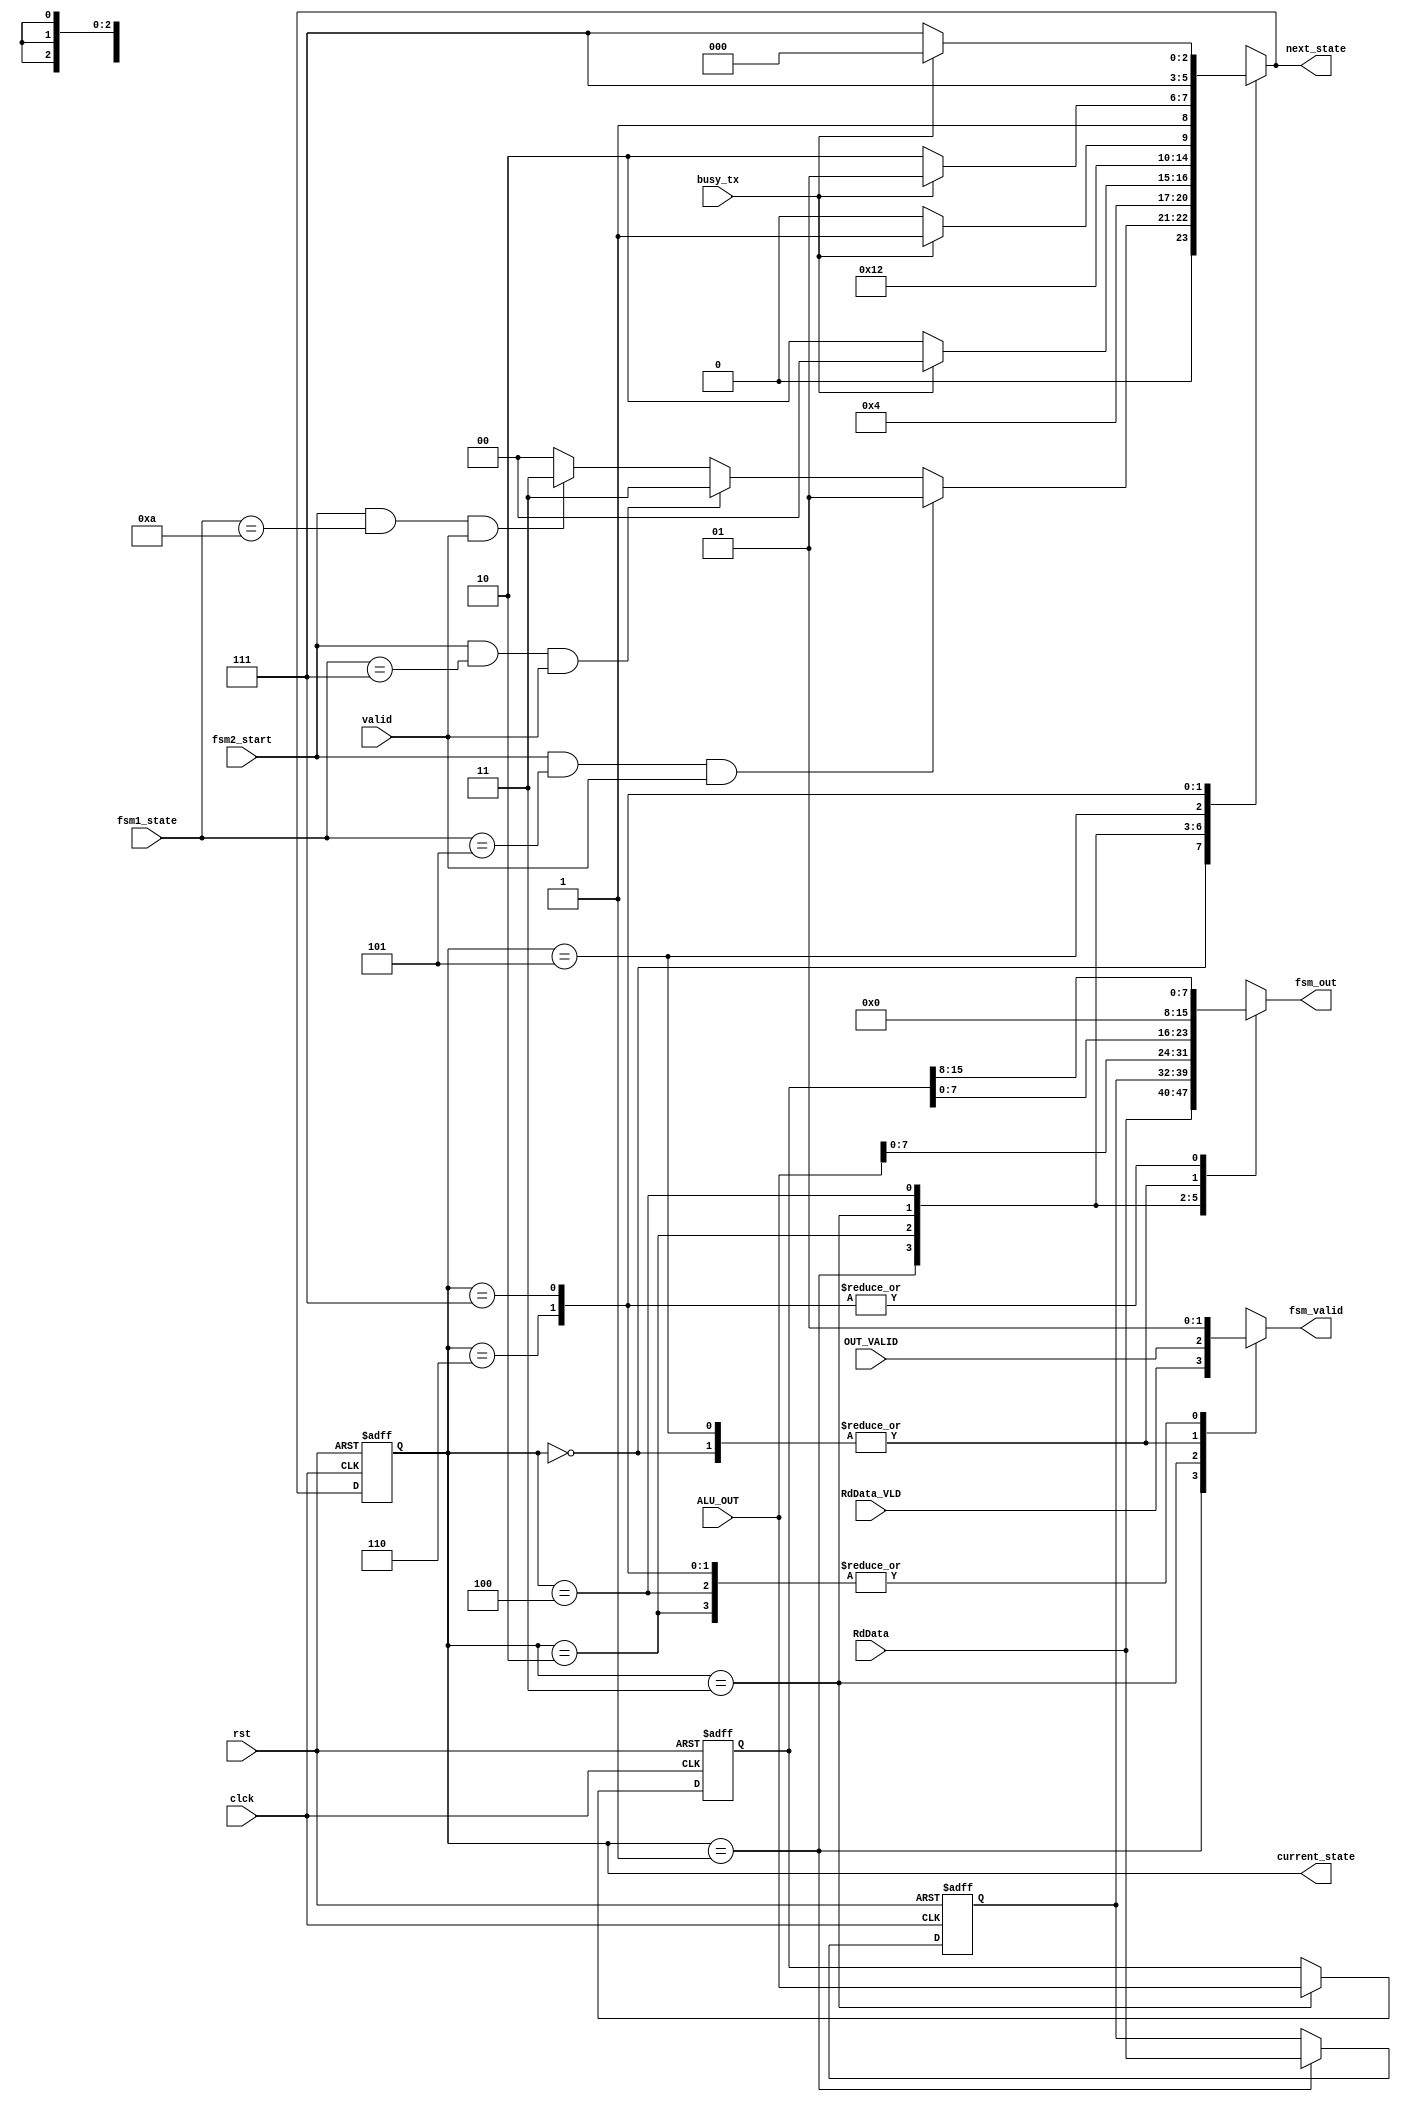
module sys_cont_fsm2 (
    input wire       clck,rst,
    input wire       fsm2_start,
    input wire [5:0] fsm1_state,
    input wire       valid,

    input wire [7:0] RdData,
    input wire       RdData_VLD,

    input wire [15:0] ALU_OUT,
    input wire        OUT_VALID,
    input wire        busy_tx,

    output reg [7:0] fsm_out,
    output reg       fsm_valid,

    output reg [2:0] current_state,next_state
);

//reg [2:0 ] current_state,next_state;

localparam IDLE=3'b000 ,read_out=3'b001, read_out_hold=3'b010 ;
localparam ALU_out1=3'b011 ,ALU_out_hold=3'b100 ,ALU_out_wait=3'b101  ,ALU_out2=3'b110 ,ALU_out_hold2=3'b111;

reg [15:0] reg_out;
reg [7:0]  read_tmp;


always @(posedge clck or negedge rst) 
begin
    if (rst==0)
    begin
        current_state<=IDLE;
    end
    else
    begin
        current_state<=next_state;
    end
end

always @(*)
begin
    case (current_state)
    IDLE:begin
        if (fsm2_start==1 && fsm1_state==6'b000_101 && valid==1)
        begin
            next_state<=read_out;
        end
        else if (fsm2_start==1 && fsm1_state==6'b000_111 && valid==1)
        begin
            next_state<=ALU_out1;
        end
        else if (fsm2_start==1 && fsm1_state==6'b001_010 && valid==1)
        begin
            next_state<=ALU_out1;
        end
        else 
        begin
            next_state<=IDLE;
        end
    end

    read_out:begin
        next_state<=read_out_hold;
    end

    read_out_hold:begin
        if (busy_tx)
        begin
            next_state<=IDLE;
        end
        else
        begin
            next_state<=read_out_hold;
        end
    end


    ALU_out1:begin
        next_state<=ALU_out_hold;
    end

    ALU_out_hold:begin
        if (busy_tx)
        begin
            next_state<=ALU_out_wait;
        end
        else
        begin
            next_state<=ALU_out_hold;
        end
    end

    ALU_out_wait:begin
        if (busy_tx)
        begin
            next_state<=ALU_out_wait;
        end
        else
        begin
            next_state<=ALU_out2;
        end
    end


    ALU_out2:begin
        next_state<=ALU_out_hold2;
    end

    ALU_out_hold2:begin
        if (busy_tx)
        begin
            next_state<=IDLE;
        end
        else
        begin
            next_state<=ALU_out_hold2;
        end
    end


    default:begin
        next_state<=IDLE;
    end

endcase
end

always @(*)
begin
    case (current_state)
    IDLE:begin
        fsm_out<=0;
        fsm_valid<=0;
        
    end

    read_out:begin
        fsm_out<=RdData;
        fsm_valid<=RdData_VLD;
        
    end

    read_out_hold:begin
        fsm_out<=read_tmp;
        fsm_valid<=1;
        
    end


    ALU_out1:begin
        fsm_out<=ALU_OUT[7:0];
        fsm_valid<=OUT_VALID;
        
    end

    ALU_out_hold:begin
        fsm_out<=reg_out[7:0];
        fsm_valid<=1;
        
    end

    ALU_out_wait:begin
        fsm_out<=0;
        fsm_valid<=0;
        
    end


    ALU_out2:begin
        fsm_out<=reg_out[15:8];
        fsm_valid<=1;
        
    end

     ALU_out_hold2:begin
        fsm_out<=reg_out[15:8];
        fsm_valid<=1;
        
     end

    default :begin
        fsm_out<=0;
        fsm_valid<=0;
        
    end
endcase
end


always @(posedge clck or negedge rst)
begin
    if (rst==0)
    begin
        reg_out<=0;
    end
    else if (current_state ==ALU_out1)
    begin
        reg_out<=ALU_OUT;
    end
    else
    begin
        reg_out<=reg_out;
    end
end

always @(posedge clck or negedge rst)
begin
    if (rst==0)
    begin
        read_tmp<=0;
    end
    else if(current_state==read_out)
    begin
        read_tmp<=RdData;
    end
    else
    begin
        read_tmp<=read_tmp;
    end
end
/*
always @(posedge clck or negedge rst)
begin
    if (rst==0)
    begin
        I<=0;
    end
    else if (count_enable==1)
    begin
        I=I+1;
    end
    else
    begin
        I=0;
    end
end
*/


endmodule